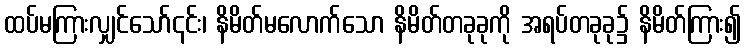
ထပ်မကြားလျှင်သော်၎င်း၊ နိမိတ်မလောက်သော နိမိတ်တခုခုကို အရပ်တခုခု၌ နိမိတ်ကြား၍